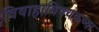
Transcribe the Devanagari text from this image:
विवाहाविषयकच्या